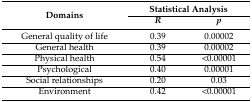
<table><thead><tr><td rowspan="2"><b>Domains</b></td><td colspan="2"><b>Statistical Analysis</b></td></tr><tr><td><b><i>R</i></b></td><td><b><i>p</i></b></td></tr></thead><tbody><tr><td>General quality of life</td><td>0.39</td><td>0.00002</td></tr><tr><td>General health</td><td>0.39</td><td>0.00002</td></tr><tr><td>Physical health</td><td>0.54</td><td>&lt;0.00001</td></tr><tr><td>Psychological</td><td>0.40</td><td>0.00001</td></tr><tr><td>Social relationships</td><td>0.20</td><td>0.03</td></tr><tr><td>Environment</td><td>0.42</td><td>&lt;0.00001</td></tr></tbody></table>